Annual report of the Camel Specialist
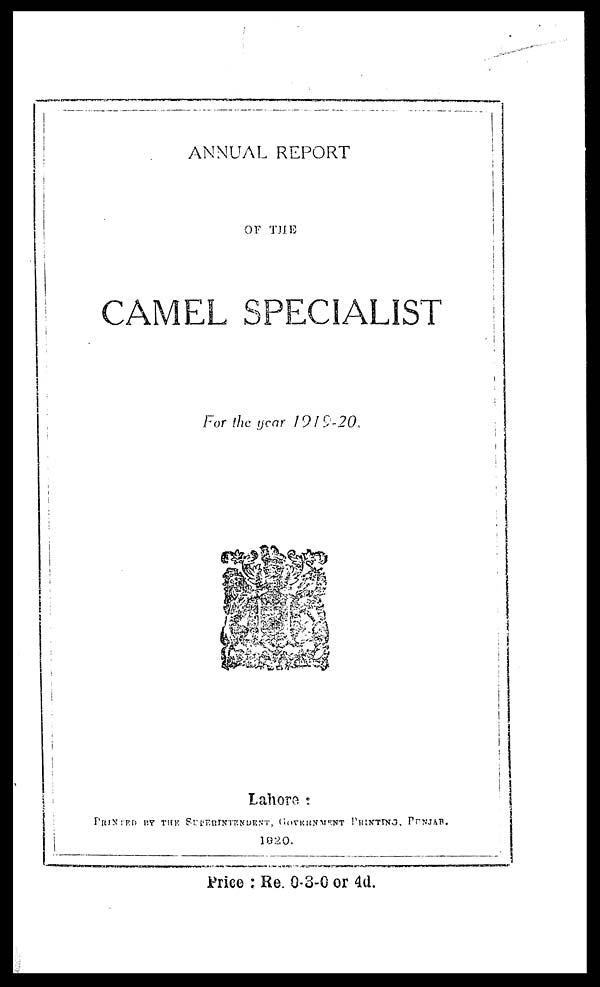
ANNUAL REPORT
OF THE
CAMEL SPECIALIST
For the year
1919-20
Lahore :
PRINTED BY THE SUPERINTENDENT, GOVERNMENT PRINTING, PUNJAB.
1920.
Price : Re. 0-3-0 or 4d.